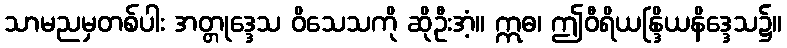
သာမညမှတစ်ပါး အတ္တုဒ္ဒေသ ဝိသေသကို ဆိုဦးအံ့။ ဣဓ၊ ဤဝီရိယန္ဒြိယနိဒ္ဒေသ၌။